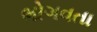
ભોગવતા